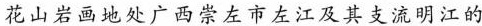
花山岩画地处广西崇左市左江及其支流明江的